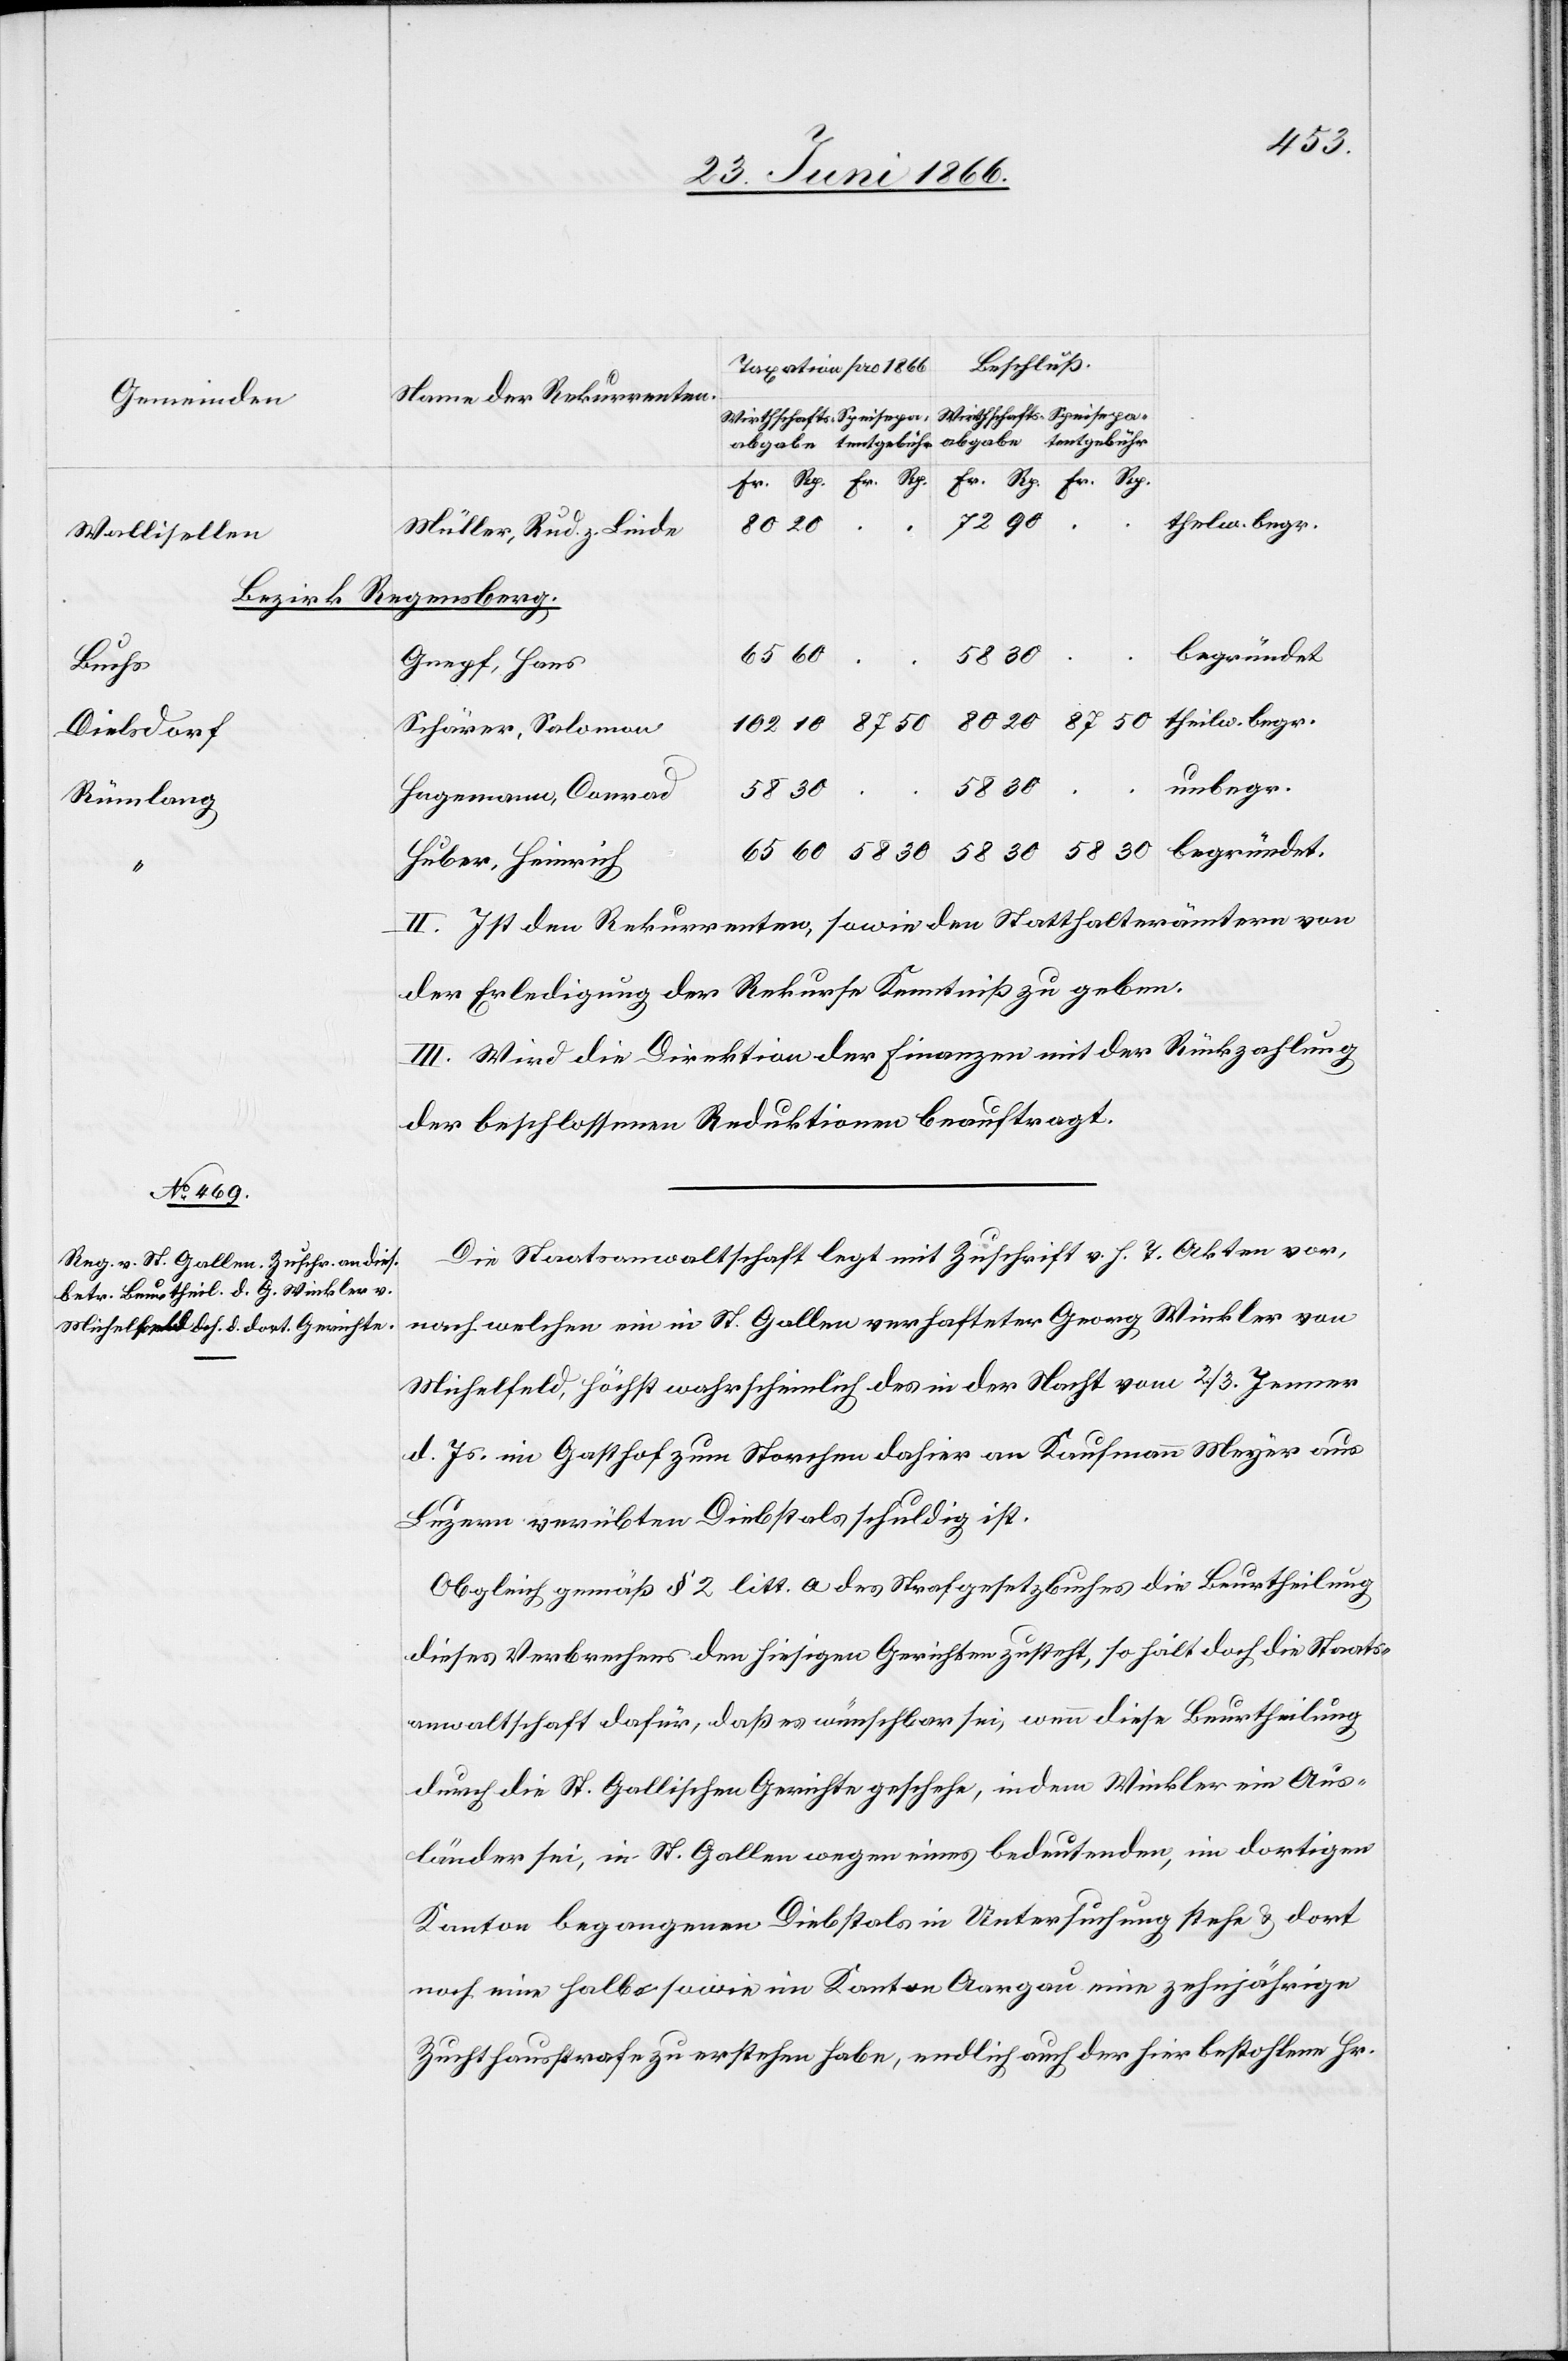
102
Name der Rekurrenten
Gemeinden
60
.
Müller, Rud. z. Linde
Wallisellen
Bezirk Regensberg.
begründet.
30
Grepf, Hans
Buchs
theilw. begr.
Schärer, Solomon
Dielsdorf
unbegr.
patent-Gebühr
Hegemann, Conrad
Rümlang
Huber, Heinrich
II. Ist den Rekurrenten, sowie den Statthalterämtern von
der Erledigung der Rekurse Kenntniß zu geben.
III. Wird die Direktion der Finanzen mit der Rückzahlung
der beschlossenen Reduktionen beauftragt.
Die Staatsanwaltschaft legt mit Zuschrift v. h. T. Akten vor,
nach welchen ein in St. Gallen verhafteter Georg Winkler von
Michelfelden, höchst wahrscheinlich des in der Nacht vom 2./3. Jenner
d. Js. im Gasthof zum Storchen dahier an Kaufmann Meyer aus
Luzern verübten Diebstals schuldig ist.
Obgleich gemäß dem § 2 litt. a des Strafgesetzbuches die Beurtheilung
dieses Verbrechens den hiesigen Gerichten zusteht, so hält doch die Staats¬
anwaltschaft dafür, daß es wünschbar sei, wenn diese Beurtheilung
durch die St. Gallischen Gerichte geschehe, indem Winkler ein Aus¬
länder sei, in St. Gallen wegen eines bedeutenden, im dortigen
Kanton begangenen Diebstals in Untersuchung stehe u. dort
noch eine halbe sowie im Kanton Aargau eine zehnjährige
Zuchthausstrafe zu erstehen habe, endlich auch der hier bestohlene Hr.